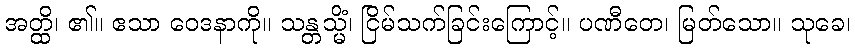
အတ္ထိ၊ ၏။ ဧသာ ဝေဒနာကို။ သန္တသ္မိံ၊ ငြိမ်သက်ခြင်းကြောင့်။ ပဏီတေ၊ မြတ်သော။ သုခေ၊